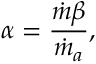
\alpha = \frac { \dot { m } \beta } { { \dot { m } _ { a } } } ,